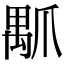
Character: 𤔝